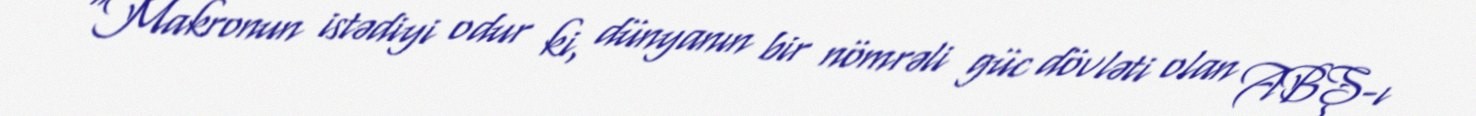
“Makronun istədiyi odur ki, dünyanın bir nömrəli güc dövləti olan ABŞ-ı